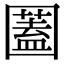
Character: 𡈮